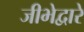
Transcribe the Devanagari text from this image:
जीभेद्वारे